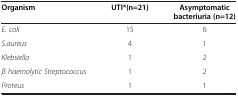
<table><thead><tr><td><b>Organism</b></td><td><b>UTI*(n=21)</b></td><td><b>Asymptomatic bacteriuria (n=12)</b></td></tr></thead><tbody><tr><td><i>E. coli</i></td><td>15</td><td>6</td></tr><tr><td><i>S.aureus</i></td><td>4</td><td>1</td></tr><tr><td><i>Klebsiella</i></td><td>1</td><td>2</td></tr><tr><td><i>β haemolytic Streptococcus</i></td><td>1</td><td>2</td></tr><tr><td><i>Proteus</i></td><td>1</td><td>1</td></tr></tbody></table>